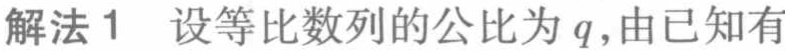
解法1 设等比数列的公比为\(q\)，由已知有